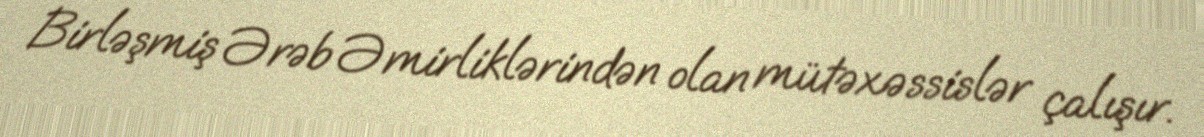
Birləşmiş Ərəb Əmirliklərindən olan mütəxəssislər çalışır.